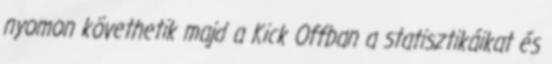
nyomon követhetik majd a Kick Offban a statisztikáikat és